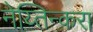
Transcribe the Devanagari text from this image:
नेय्तिन्करा